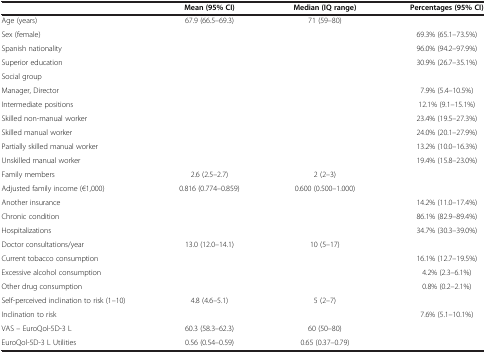
<table><thead><tr><td><b> </b></td><td><b>Mean (95% CI)</b></td><td><b>Median (IQ range)</b></td><td><b>Percentages (95% CI)</b></td></tr></thead><tbody><tr><td>Age (years)</td><td>67.9 (66.5–69.3)</td><td>71 (59–80)</td><td> </td></tr><tr><td>Sex (female)</td><td> </td><td> </td><td>69.3% (65.1–73.5%)</td></tr><tr><td>Spanish nationality</td><td> </td><td> </td><td>96.0% (94.2–97.9%)</td></tr><tr><td>Superior education</td><td> </td><td> </td><td>30.9% (26.7–35.1%)</td></tr><tr><td>Social group</td><td> </td><td> </td><td> </td></tr><tr><td>Manager, Director</td><td> </td><td> </td><td>7.9% (5.4–10.5%)</td></tr><tr><td>Intermediate positions</td><td> </td><td> </td><td>12.1% (9.1–15.1%)</td></tr><tr><td>Skilled non-manual worker</td><td> </td><td> </td><td>23.4% (19.5–27.3%)</td></tr><tr><td>Skilled manual worker</td><td> </td><td> </td><td>24.0% (20.1–27.9%)</td></tr><tr><td>Partially skilled manual worker</td><td> </td><td> </td><td>13.2% (10.0–16.3%)</td></tr><tr><td>Unskilled manual worker</td><td> </td><td> </td><td>19.4% (15.8–23.0%)</td></tr><tr><td>Family members</td><td>2.6 (2.5–2.7)</td><td>2 (2–3)</td><td> </td></tr><tr><td>Adjusted family income (€1,000)</td><td>0.816 (0.774–0.859)</td><td>0.600 (0.500–1.000)</td><td> </td></tr><tr><td>Another insurance</td><td> </td><td> </td><td>14.2% (11.0–17.4%)</td></tr><tr><td>Chronic condition</td><td> </td><td> </td><td>86.1% (82.9–89.4%)</td></tr><tr><td>Hospitalizations</td><td> </td><td> </td><td>34.7% (30.3–39.0%)</td></tr><tr><td>Doctor consultations/year</td><td>13.0 (12.0–14.1)</td><td>10 (5–17)</td><td> </td></tr><tr><td>Current tobacco consumption</td><td> </td><td> </td><td>16.1% (12.7–19.5%)</td></tr><tr><td>Excessive alcohol consumption</td><td> </td><td> </td><td>4.2% (2.3–6.1%)</td></tr><tr><td>Other drug consumption</td><td> </td><td> </td><td>0.8% (0.2–2.1%)</td></tr><tr><td>Self-perceived inclination to risk (1–10)</td><td>4.8 (4.6–5.1)</td><td>5 (2–7)</td><td> </td></tr><tr><td>Inclination to risk</td><td> </td><td> </td><td>7.6% (5.1–10.1%)</td></tr><tr><td>VAS – EuroQol-5D-3 L</td><td>60.3 (58.3–62.3)</td><td>60 (50–80)</td><td> </td></tr><tr><td>EuroQol-5D-3 L Utilities</td><td>0.56 (0.54–0.59)</td><td>0.65 (0.37–0.79)</td><td> </td></tr></tbody></table>